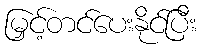
မြှင့်တင်ပေးနိုင်ပြီး